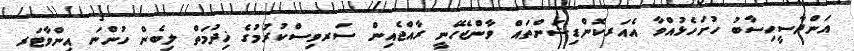
އަންދާސީހިސާބު ހުށަހެޅުއްވާ އެއަރކޮންޑިޝަންތައް ވާންޖެހޭނީ ރާއްޖެއިން ސަރވިސްކުރުމުގެ ޚިދުމަތް ލިބެން ހުންނަ އިންވާޓަރ